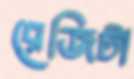
রেজিটা